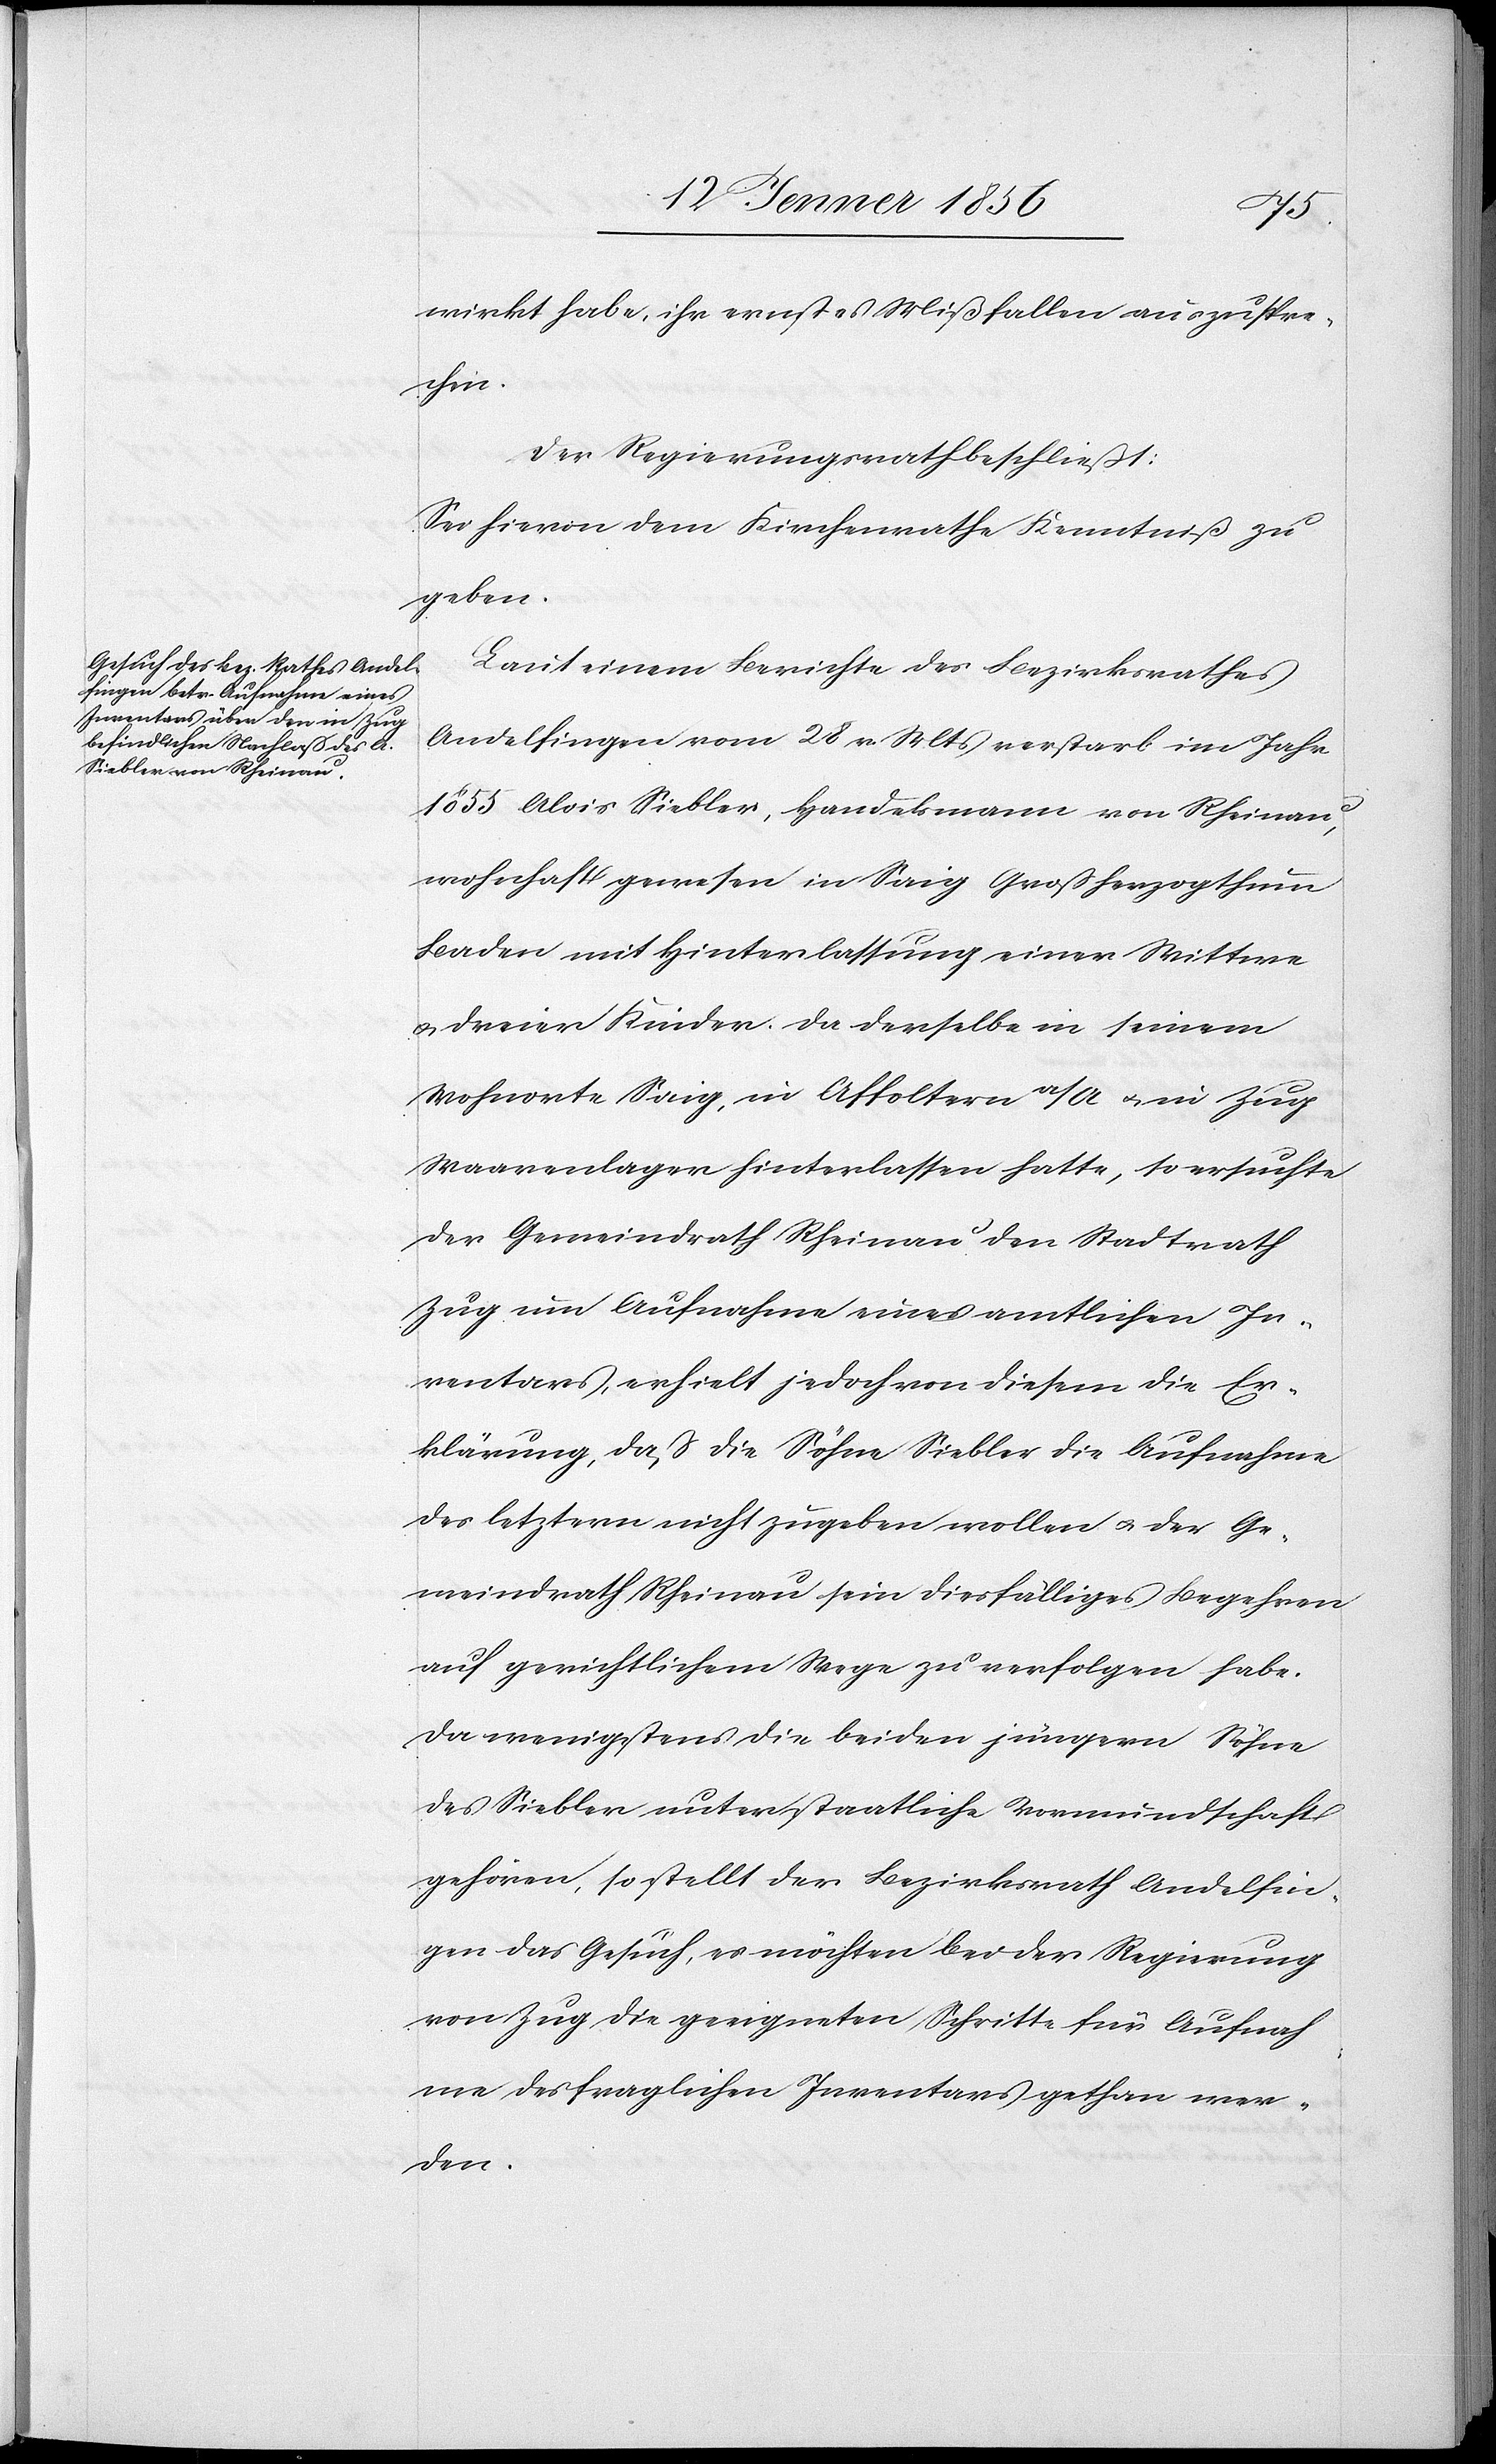
wirkt habe, ihr ernstes Missfallen auszuspre¬
chen.
Der Regierungsrath beschließt:
Sei hievon dem Kirchenrathe Kenntniß zu
geben.
Laut einem Berichte des Bezirksrathes
Andelfingen vom 28 v. Mts verstarb im Jahr
1855 Alois Siebler, Handelsmann von Rheinau,
wohnhaft gewesen in Saig Großherzogthum
Baden mit Hinterlassung einer Wittwe
u. dreien Kinder. Da derselbe in seinem
Wohnorte Saig, in Affoltern a/A u. in Zug
Waarenlager hinterlassen hatte, so ersuchte
der Gemeindrath Rheinau den Stadtrath
Zug um Aufnahme eines amtlichen In¬
ventars, erhielt jedoch von diesem die Er¬
klärung, daß die Söhne Siebler die Aufnahme
des letztern nicht zugeben wollen u. der Ge¬
meindrath Rheinau sein diesfälliges Begehren
auf gerichtlichem Wege zu verfolgen habe.
Da wenigstens die beiden jungen Söhne
des Siebler unter staatliche Vormundschaft
gehören, so stellt der Bezirksrath Andelfin¬
gen das Gesuch, es möchten bei der Regierung
von Zug die geeigneten Schritte für Aufnah¬
me des fraglichen Inventars gethan wer¬
den.